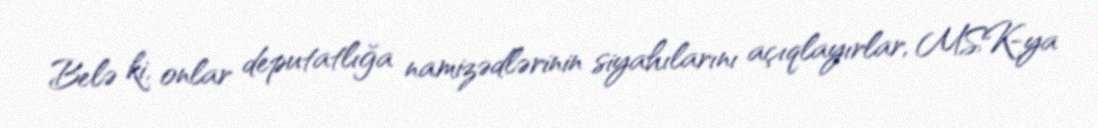
Belə ki, onlar deputatlığa namizədlərinin siyahılarını açıqlayırlar, MSK-ya